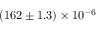
( 1 6 2 \pm 1 . 3 ) \times 1 0 ^ { - 6 }